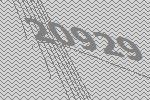
20929